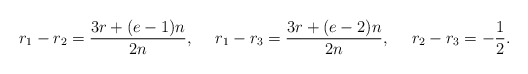
\begin{align*}r_1-r_2 &= \frac{3r+(e-1)n}{2n},&r_1-r_3 &= \frac{3r+(e-2)n}{2n}, & r_2-r_3 &= -\frac12.\end{align*}